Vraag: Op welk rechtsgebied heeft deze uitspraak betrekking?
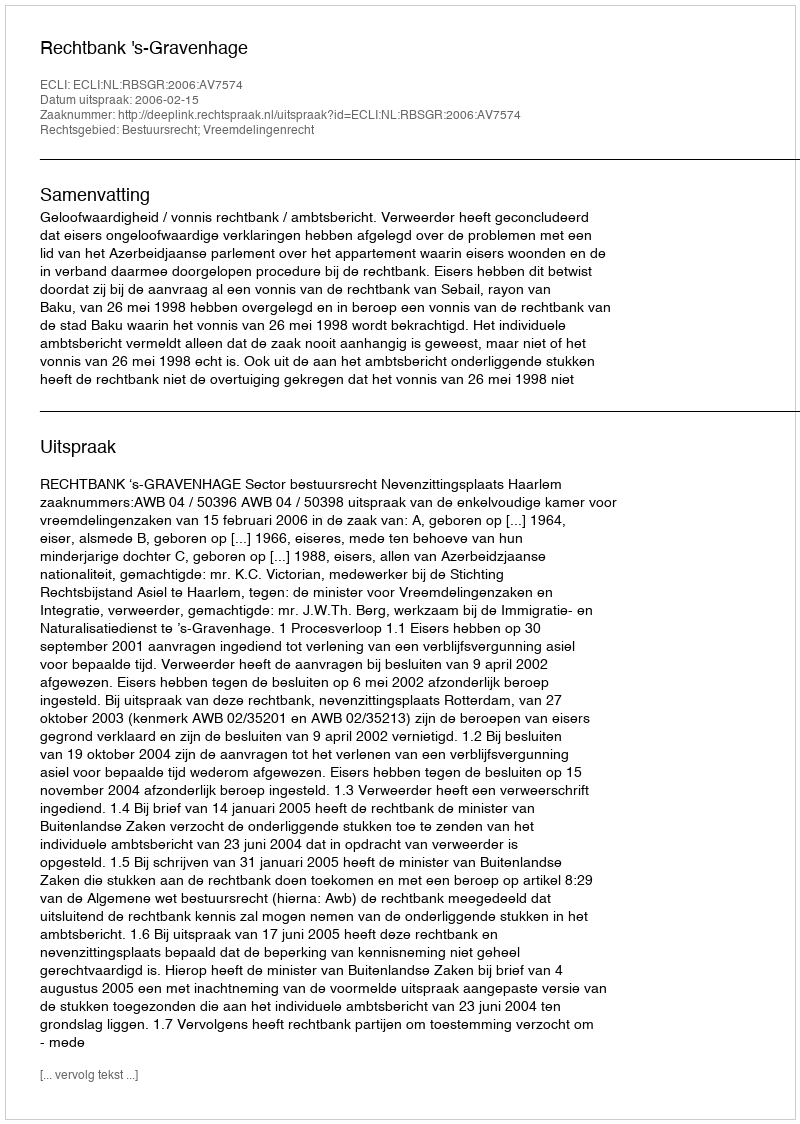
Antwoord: Bestuursrecht; Vreemdelingenrecht